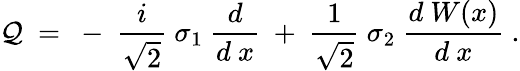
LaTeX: {\cal Q}~=~-~{\frac{i}{\sqrt{2}}}~\sigma_{1}~{\frac{d}{d~x}}~+~{\frac{1}{\sqrt{2}}}~\sigma_{2}~{\frac{d~W(x)}{d~x}}~.